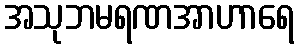
အသုဘမရဏအာဟာရေ